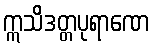
ဣသိဒတ္တပုရာဏေ